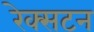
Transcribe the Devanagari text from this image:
रेक्सटन